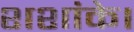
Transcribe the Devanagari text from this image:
शशांके।